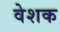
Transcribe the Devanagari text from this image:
वेशक